Medical and sanitary report of the native army of Madras for the year
Year: 1875
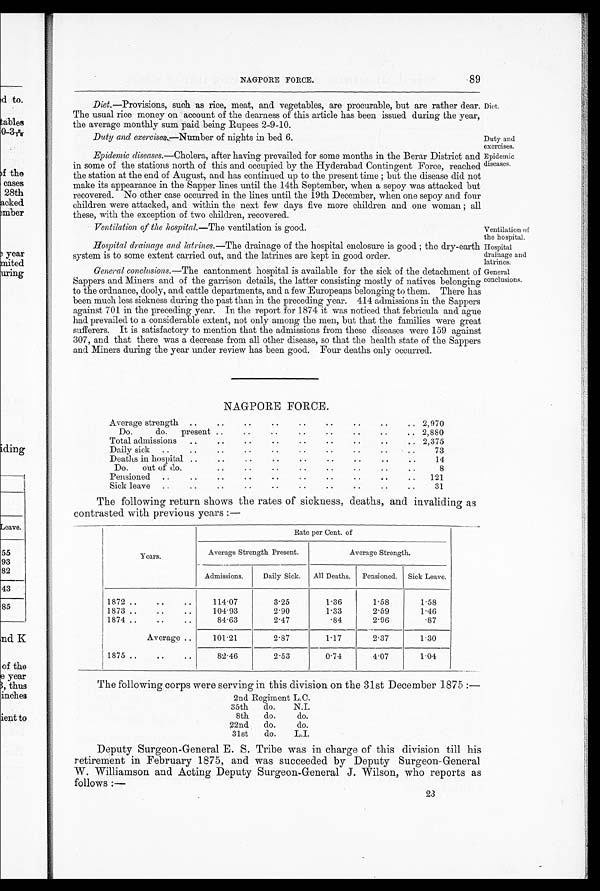
Ventilation of the hospital.— The ventilation is good.
Ventilation of
the hospital.
Hospital
drainage and
latrines.
General
conclusions.
NAGPORE FORCE.
89
Diet.—Provisions, such as rice, meat, and vegetables, are procurable, but are rather dear.
The usual rice money on ' account of the dearness of this article has been issued during the year,
the average monthly sum paid being Rupees 2-9-10.
Diet.
Duty and exercises.—Number of nights in bed. 6.
Duty and
exercises.
Epidemic diseases.— Cholera, after having prevailed for some months in the Berar District and
in some of the stations north of this and occupied by the Hyderabad Contingent Force, reached
the station at the end of August, and has continued up to the present time ; but the disease did not
make its appearance in the Sapper lines until the 14th September, when a sepoy was attacked but
recovered. No other case occurred in the lines until the 19th December, when one sepoy and four
children were attacked, and within the next few days five more children and one woman ; all
these. with the exception of two children. recovered.
Epidemic
diseases.
Hospital drainage and latrines.— The d r a i n a g e o f t h e h o s p i t a l e n c l o s u r e i s g o o d ; t h e d r y - e a r t h
system is to some extent carried out. and the latrines are kept in good order.
General conclusions.— The cantonment hospital is available for the sick of the detachment of
Sappers and Miners and of the garrison details, the latter consisting mostly of natives belonging
to the ordnance, dooly, and cattle departments, and a few Europeans belonging to them. There has
been much less sickness during the past than in the preceding year. 414 admissions in the Sappers
against 701 in the preceding year. In the report for 1874 it was noticed that febricula and ague
had prevailed to a considerable extent, not only among the men, but that the families were great
sufferers. It is satisfactory to mention that the admissions from these diseases were 159 against
307, and that there was a decrease from all other disease, so that the health state of the Sappers
and Miners during the year under review has been good. Four deaths only occurred.
NAGPORE FORCE.
Average strength ..
..
..
. .
2,970
Do do.
present
2,880
Total admissions
..
..
.. .
.
2,375
Daily sick
...
. . ..
..
7 3
Deaths in hospital ..
..
..
. .
.
. ..
14
Do.
out of do.
..
..
..
..
..
8
Pensioned
..
. . ..
121
Sick leave
..
..
..
..
. .
..
..
..
..
..
31
The following return shows the rates of sickness, deaths, and invaliding as
contrasted with previous years :—
Rate per Cent. of
Years .
Average Strength Present.
Average Strength.
Admissions.
Daily Sick.
All Deaths.
Pensioned.
Sick Leave.
1872 ..
..
..
114.07
3.25
1.36
1.58
1.58
1873 ..
..
..
104.93
2.90
1 . 3 3
2.59
1.46
1874 ..
..
..
84.63
2.47
.84
2.96
.87
Average ..
101.21
2.87
1.17
2.37
1.30
1875 ..
..
..
82.46
2.53
0.74
4.07
1.04
The following corps were serving in this division on the 31st December 1875 :—
2 n d
R e g i m e n t
L.C.
35th
do.
N.I.
8th
do.
do.
22nd
do.
do.
31st
do.
L.I.
Deputy Surgeon-General E. S. Tribe was in charge of this division till his
retirement in February 1875, and was succeeded by Deputy Surgeon-General
W. Williamson and Acting Deputy Surgeon-General J. Wilson, who reports as
f o l l o ws : —
2 3
23